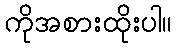
ကိုအစားထိုးပါ။